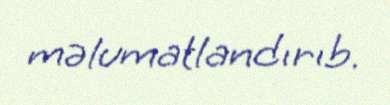
məlumatlandırıb.